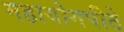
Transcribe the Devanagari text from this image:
महायोगपीठे